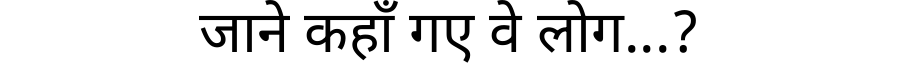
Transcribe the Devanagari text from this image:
जाने कहाँ गए वे लोग...?